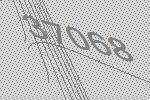
37068